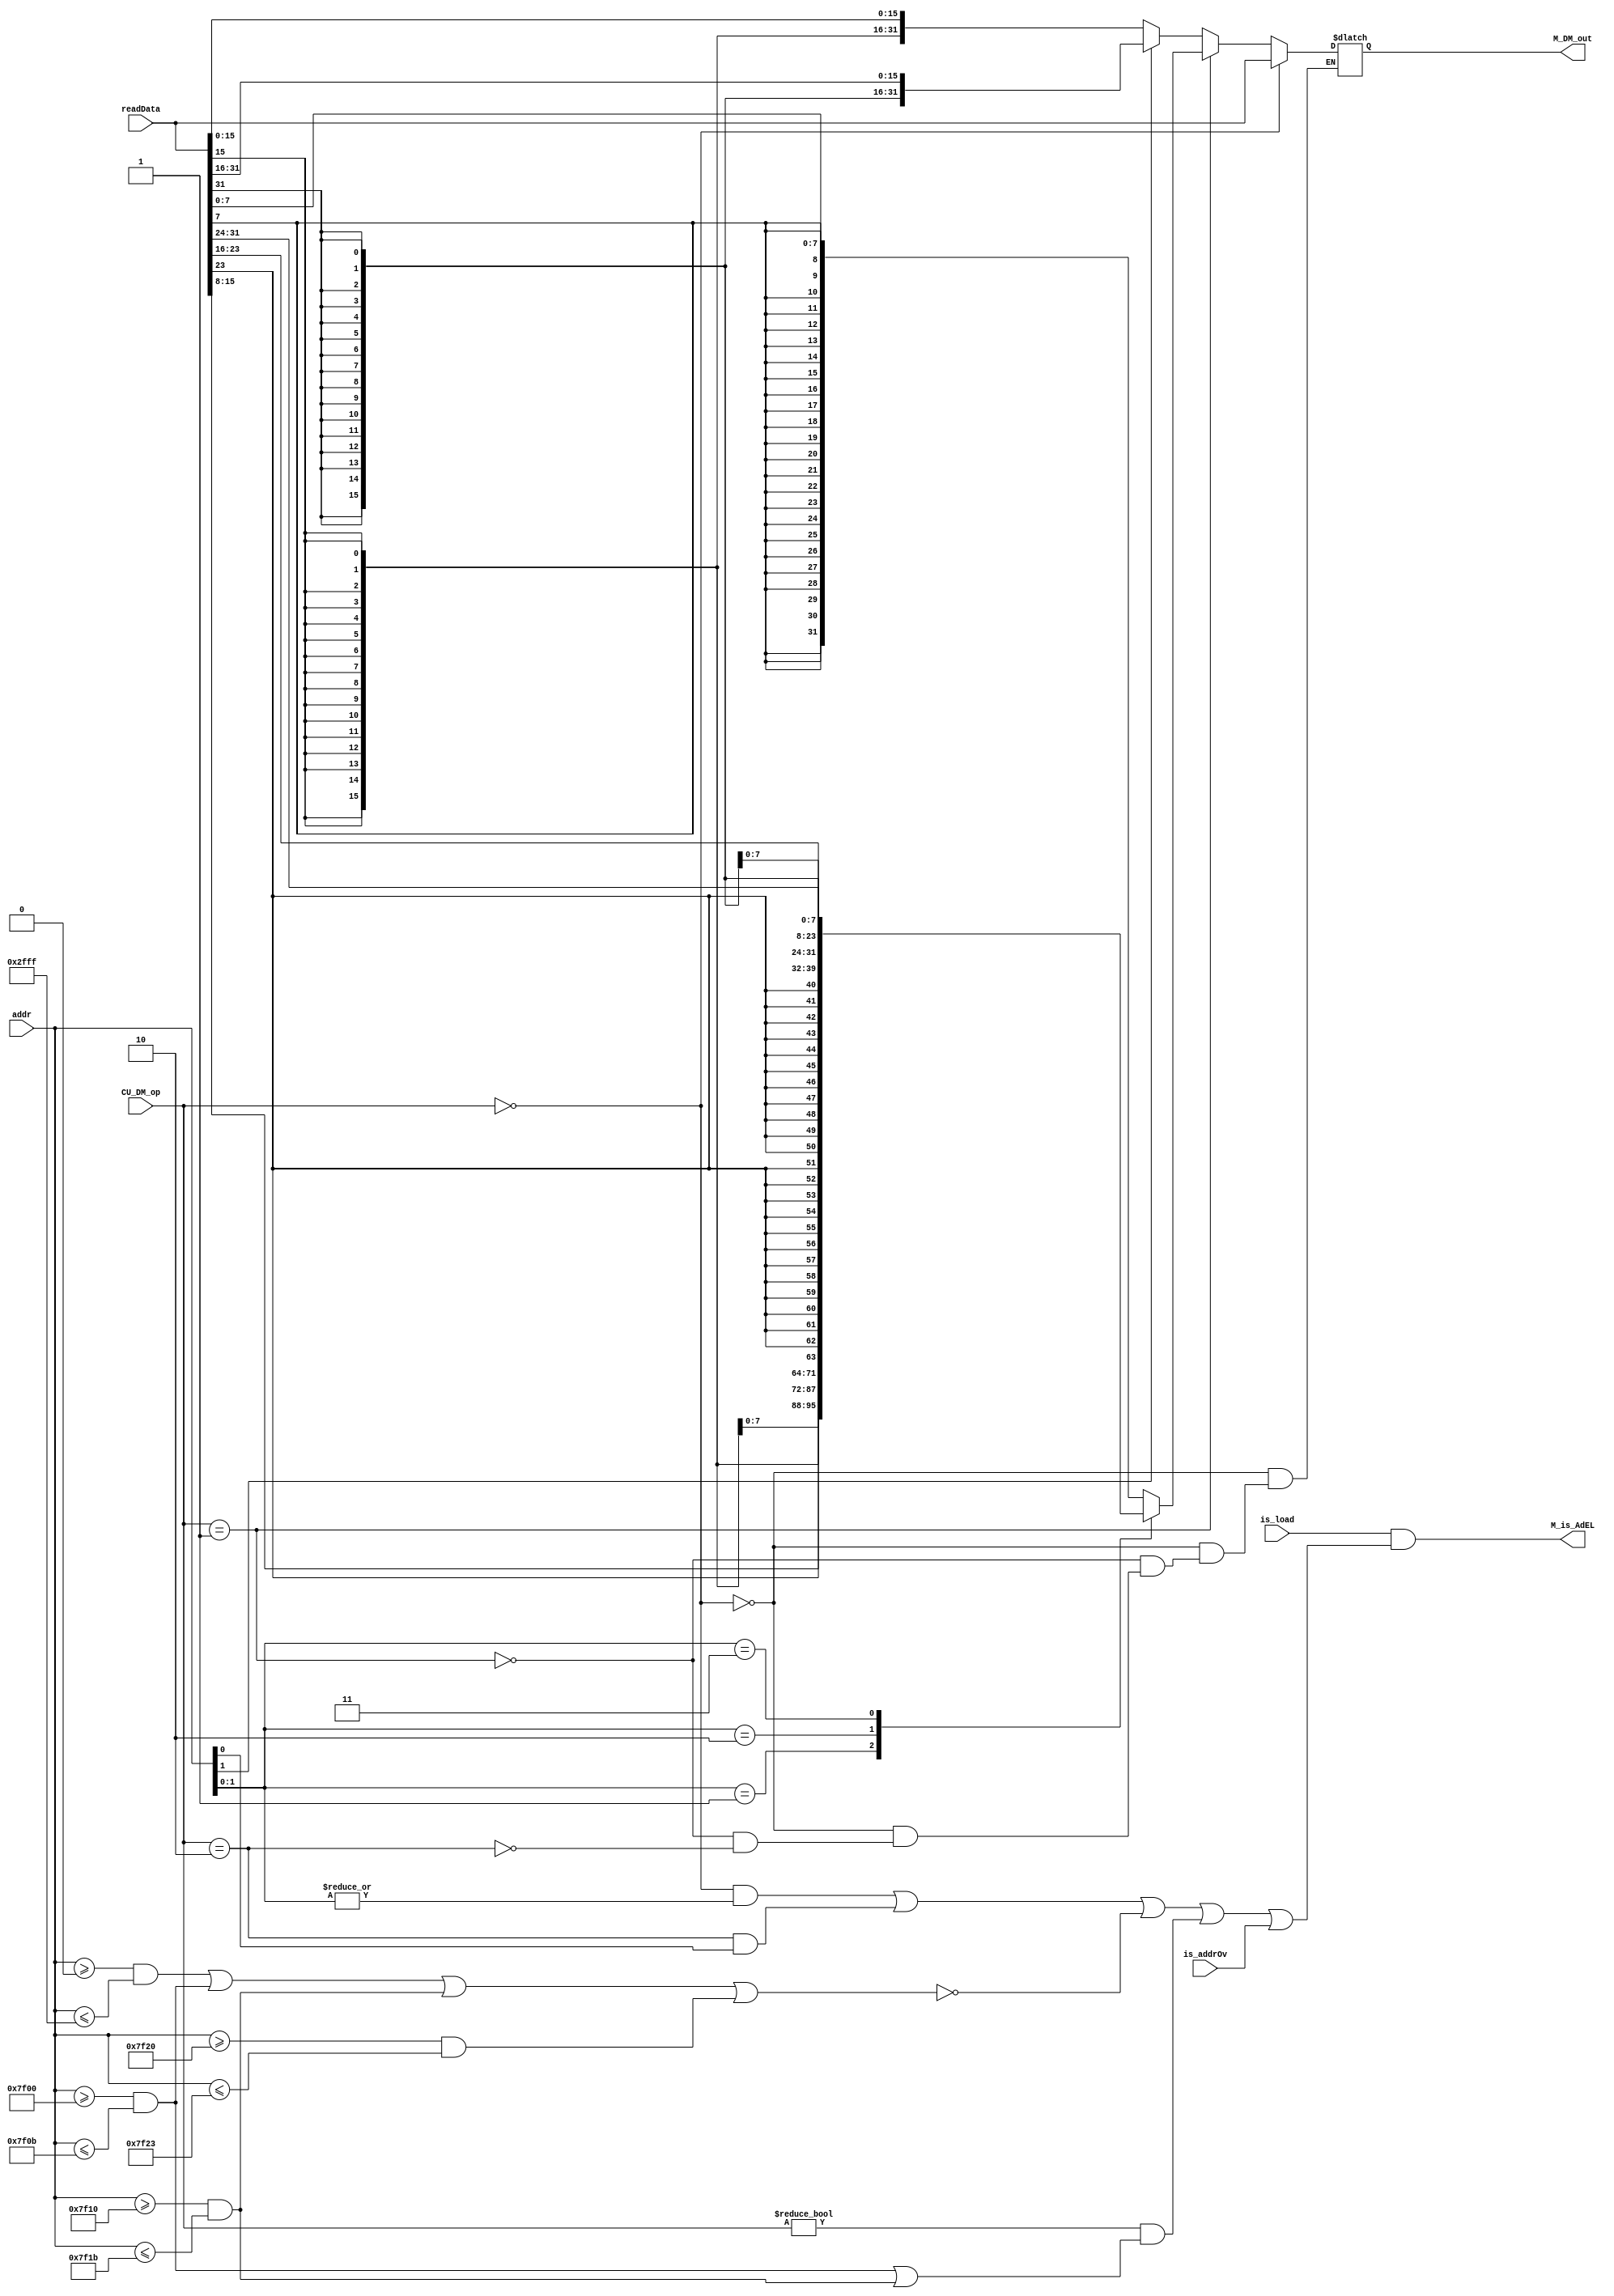
`timescale 1ns / 1ps
//---------------------------------------------------------------------------------------------------------------------
`define dmWord    2'b00
`define dmByte    2'b01
`define dmHalf    2'b10
//--------------------------------------------------------------------------------------------------------------------


//--------------------------------------------------------------------------------------------------------------
module M_DMOUT (
    input [31:0] addr,            
    input [31:0] readData,
    input [1:0] CU_DM_op,
    input is_load,
    input is_addrOv,
    output reg [31:0] M_DM_out,
    output M_is_AdEL
    );
//---------------------------------------------------------------------------------------------------------------------------------
 
 
//define wire---------------------------------------------------------------------------------------------------------------------------
    wire [1:0] opB = addr[1:0];                             
    wire opHw = addr[1];                                     
    
    wire [7:0] B1 = readData[7:0];                   
    wire [7:0] B2 = readData[15:8];
    wire [7:0] B3 = readData[23:16];
    wire [7:0] B4 = readData[31:24];
    wire [15:0] Hw1 = readData[15:0];                 
    wire [15:0] Hw2 = readData[31:16];
//------------------------------------------------------------------------------------------------------------------------------------
  
  
//read-----------------------------------------------------------------------------------------------------------------------------------                                    
    always @(*) begin
        if (CU_DM_op == `dmWord) begin
            M_DM_out = readData;           
        end
        else if (CU_DM_op == `dmByte) begin
            case (opB)
                2'b00:  M_DM_out = {{24{B1[7]}}, B1};
                2'b01:  M_DM_out = {{24{B2[7]}}, B2};
                2'b10:  M_DM_out = {{24{B3[7]}}, B3};
                2'b11:  M_DM_out = {{24{B4[7]}}, B4};
            endcase
        end
        else if (CU_DM_op == `dmHalf) begin
            case (opHw)
                0:  M_DM_out = {{16{Hw1[15]}}, Hw1};
                1:  M_DM_out = {{16{Hw2[15]}}, Hw2};
            endcase
        end 
    end            
//-------------------------------------------------------------------------------------------------------------------------------


//exc_hand-------------------------------------------------------------------------------------------------------------------------------
    wire error_align = ((CU_DM_op == `dmWord) && (|addr[1:0])) ||
                       ((CU_DM_op == `dmHalf) && (addr[0]));
    
    wire error_outOfRange = !(((addr >= 32'H0000_0000) && (addr <= 32'H0000_2FFF)) ||
                              ((addr >= 32'H0000_7F00) && (addr <= 32'H0000_7F0B)) ||
                              ((addr >= 32'H0000_7F10) && (addr <= 32'H0000_7F1B)) ||
                              ((addr >= 32'H0000_7F20) && (addr <= 32'H0000_7F23)));
    
    wire error_timer = (CU_DM_op != `dmWord && 
                        (((addr >= 32'H0000_7F00) && (addr <= 32'H0000_7F0B)) ||
                         ((addr >= 32'H0000_7F10) && (addr <= 32'H0000_7F1B))));

    assign M_is_AdEL = (is_load) & (error_align | error_outOfRange | error_timer | is_addrOv);
//---------------------------------------------------------------------------------------------------------------------------------------
endmodule